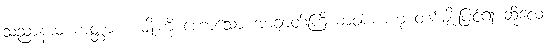
သညာနာမ ကတ္တား ၂ မျိုးကို ဟောသော အာချာတ်ကြိယာဝါစကဟု တစ်မျိုးပြင်၍ ဆိုလေ။